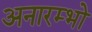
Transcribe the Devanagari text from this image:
अनारम्भो